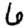
Digit: 6